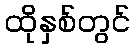
ထိုနှစ်တွင်